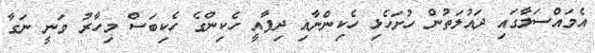
އެމައްސަލާގައި ދައުލަތުން ހުށަހެޅި ހެކިންނާއި ދިފާއީ ހެކިންގެ ހެކިބަސް މިހާރު ވަނީ ނަގާ